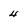
Character: 4